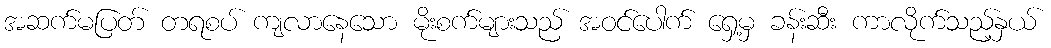
အဆက်မပြတ် တရစပ် ကျလာနေသော မိုးစက်များသည် အဝင်ပေါက် ရှေ့မှ ခန်းဆီး ကာလိုက်သည့်နှယ်